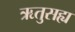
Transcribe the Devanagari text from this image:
ऋतुसह्य